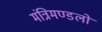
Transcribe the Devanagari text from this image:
मंत्रिमण्डलों